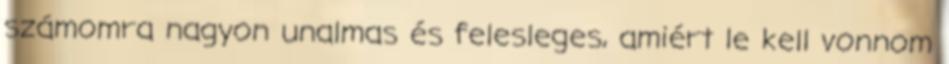
számomra nagyon unalmas és felesleges, amiért le kell vonnom